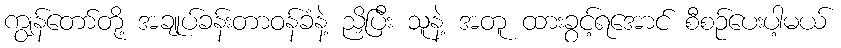
ကျွန်တော်တို့ အချုပ်ခန်းတာဝန်ခံနဲ့ ညှိပြီး သူနဲ့ အတူ ထားခွင့်ရအောင် စီစဉ်ပေးပါ့မယ်